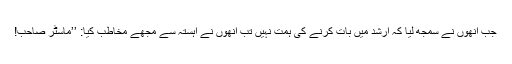
جب انھوں نے سمجھ لیا کہ ارشد میں بات کرنے کی ہمت نہیں تب انھوں نے آہستہ سے مجھے مخاطب کیا: ’’ماسٹر صاحب!